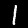
Label: 1